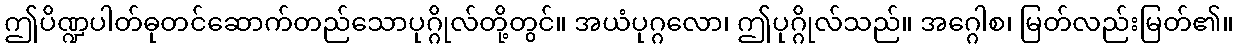
ဤပိဏ္ဍပါတ်ဓုတင်ဆောက်တည်သောပုဂ္ဂိုလ်တို့တွင်။ အယံပုဂ္ဂလော၊ ဤပုဂ္ဂိုလ်သည်။ အဂ္ဂေါစ၊ မြတ်လည်းမြတ်၏။